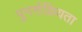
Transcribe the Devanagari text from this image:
पुनर्सक्रियता